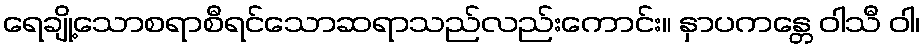
ရေချို့သောစရာစီရင်သောဆရာသည်လည်းကောင်း။ နှာပကန္တေ ဝါသီ ဝါ၊